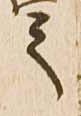
之